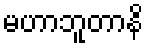
မဟာဘူတာနိ